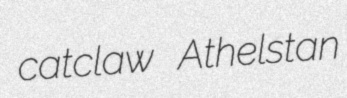
catclaw Athelstan